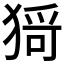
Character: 𤠄